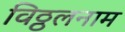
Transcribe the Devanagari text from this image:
विठ्ठलनाम